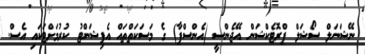
ނޭޝަނަލް ސޯޝަލް ޕްރޮޓެކްޝަން އޭޖެންސީ (އެންސްޕާ) ގެ މަސަކަތްތައް އެފިޝަންޓު ކުރުމަށްޓަކައި އެސް.